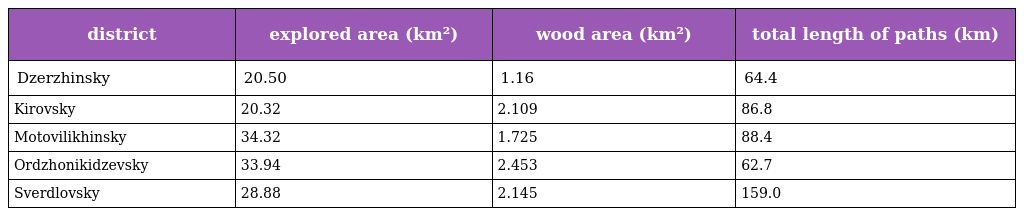
| district | explored area (km²) | wood area (km²) | total length of paths (km) |
 | --- | --- | --- | --- |
 | Dzerzhinsky | 20.50 | 1.16 | 64.4 |
 | Kirovsky | 20.32 | 2.109 | 86.8 |
 | Motovilikhinsky | 34.32 | 1.725 | 88.4 |
 | Ordzhonikidzevsky | 33.94 | 2.453 | 62.7 |
 | Sverdlovsky | 28.88 | 2.145 | 159.0 |